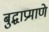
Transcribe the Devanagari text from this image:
बुद्धाप्रमाणे